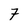
Character: 7